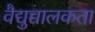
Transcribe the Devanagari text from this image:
वैद्युच्चालकता